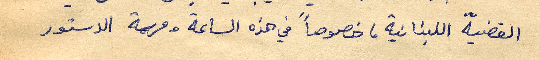
القضية اللبنانية، خصوصاً في هذه الساعة ومهمة الدستور